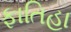
ફાતિહા